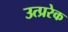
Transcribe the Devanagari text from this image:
उत्प्ररेक